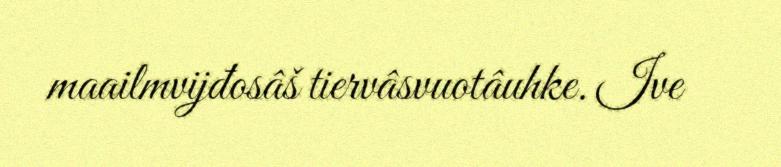
maailmvijđosâš tiervâsvuotâuhke. Ive